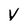
Character: v